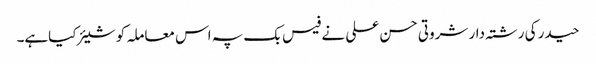
حیدر کی رشتہ دار شروتی حسن علی نے فیس بک پہ اس معاملہ کو شیئر کیاہے۔